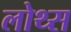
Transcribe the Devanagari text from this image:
लोथ्स